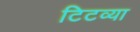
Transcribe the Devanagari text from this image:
टिटव्या